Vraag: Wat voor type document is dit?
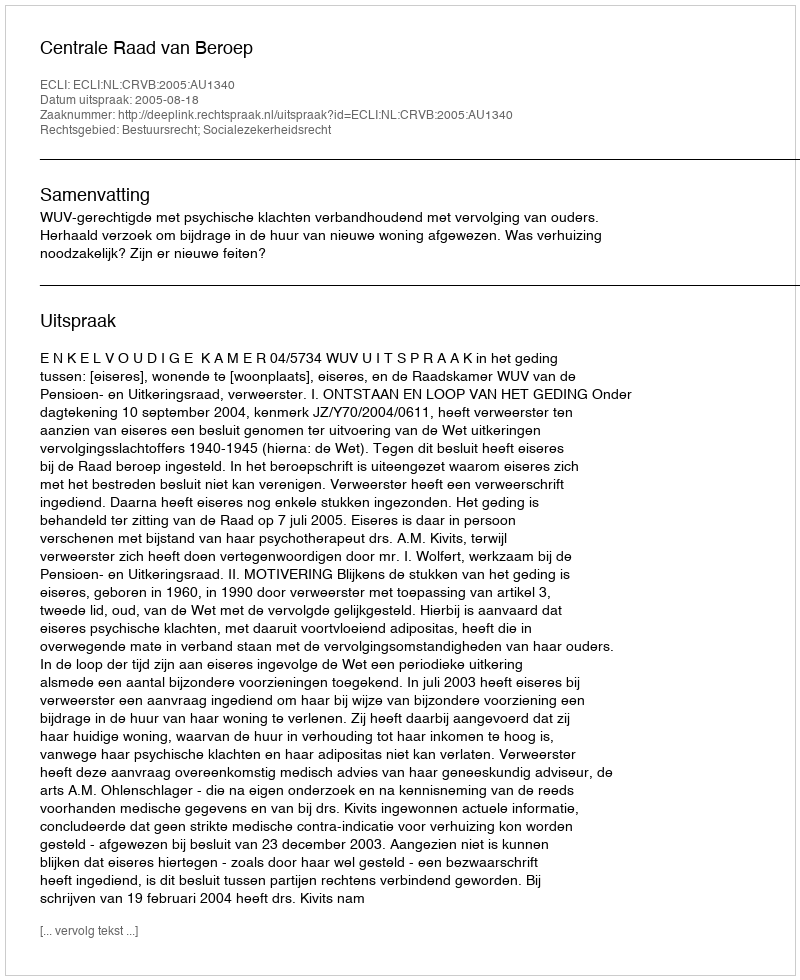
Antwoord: Uitspraak